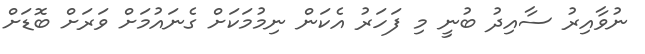
ނުވާއިރު ސާއިދު ބުނީ މި ފަހަރު އެކަން ނިމުމަކަށް ގެނައުމަށް ވަރަށް ބޮޑަށް